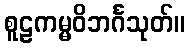
စူဠကမ္မဝိဘင်္ဂသုတ်။